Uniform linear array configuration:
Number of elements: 48
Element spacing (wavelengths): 0.25
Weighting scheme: hann
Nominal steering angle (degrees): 15
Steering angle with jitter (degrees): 16.952
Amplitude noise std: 0.05
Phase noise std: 0.05

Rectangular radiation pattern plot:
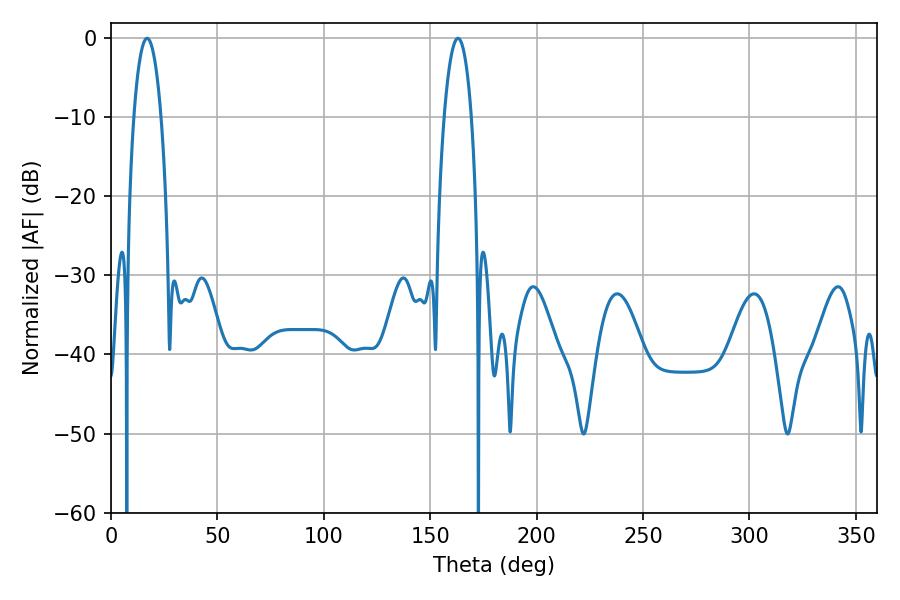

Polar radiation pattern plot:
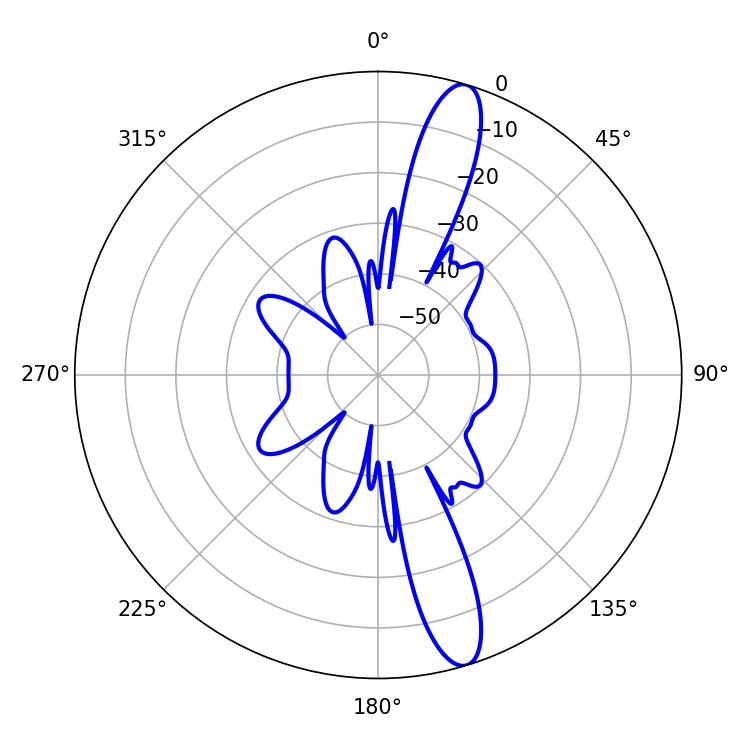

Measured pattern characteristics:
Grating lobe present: FALSE
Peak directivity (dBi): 14.086
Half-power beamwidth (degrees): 7.02
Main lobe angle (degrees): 16.92